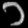
Digit: ၁